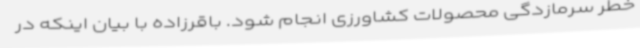
خطر سرمازدگی محصولات کشاورزی انجام شود. باقرزاده با بیان اینکه در